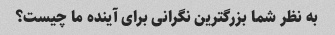
به نظر شما بزرگترین نگرانی برای آینده ما چیست؟